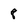
Character: 8